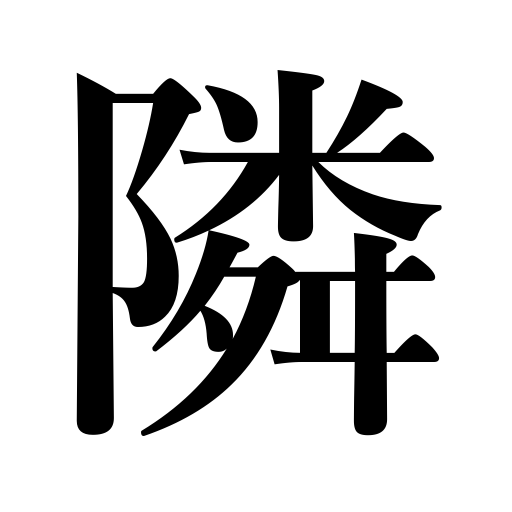
Meanings: neighboring,nextdoor neighbor,adjoining,adjoin